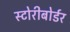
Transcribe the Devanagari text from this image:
स्टोरीबोर्डर